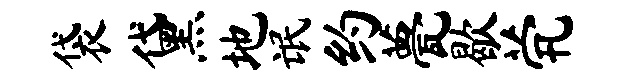
袋黛地氓约甍歇茕